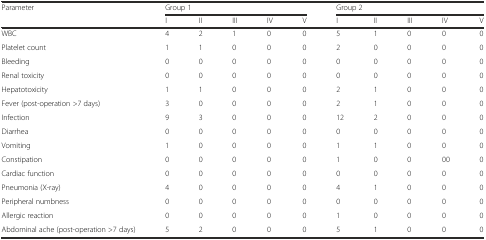
<table><thead><tr><td rowspan="2"><b>Parameter</b></td><td colspan="5"><b>Group 1</b></td><td colspan="5"><b>Group 2</b></td></tr><tr><td><b>I</b></td><td><b>II</b></td><td><b>III</b></td><td><b>IV</b></td><td><b>V</b></td><td><b>I</b></td><td><b>II</b></td><td><b>III</b></td><td><b>IV</b></td><td><b>V</b></td></tr></thead><tbody><tr><td>WBC</td><td>4</td><td>2</td><td>1</td><td>0</td><td>0</td><td>5</td><td>1</td><td>0</td><td>0</td><td>0</td></tr><tr><td>Platelet count</td><td>1</td><td>1</td><td>0</td><td>0</td><td>0</td><td>2</td><td>0</td><td>0</td><td>0</td><td>0</td></tr><tr><td>Bleeding</td><td>0</td><td>0</td><td>0</td><td>0</td><td>0</td><td>0</td><td>0</td><td>0</td><td>0</td><td>0</td></tr><tr><td>Renal toxicity</td><td>0</td><td>0</td><td>0</td><td>0</td><td>0</td><td>0</td><td>0</td><td>0</td><td>0</td><td>0</td></tr><tr><td>Hepatotoxicity</td><td>1</td><td>1</td><td>0</td><td>0</td><td>0</td><td>2</td><td>1</td><td>0</td><td>0</td><td>0</td></tr><tr><td>Fever (post-operation &gt;7 days)</td><td>3</td><td>0</td><td>0</td><td>0</td><td>0</td><td>2</td><td>1</td><td>0</td><td>0</td><td>0</td></tr><tr><td>Infection</td><td>9</td><td>3</td><td>0</td><td>0</td><td>0</td><td>12</td><td>2</td><td>0</td><td>0</td><td>0</td></tr><tr><td>Diarrhea</td><td>0</td><td>0</td><td>0</td><td>0</td><td>0</td><td>0</td><td>0</td><td>0</td><td>0</td><td>0</td></tr><tr><td>Vomiting</td><td>1</td><td>0</td><td>0</td><td>0</td><td>0</td><td>1</td><td>1</td><td>0</td><td>0</td><td>0</td></tr><tr><td>Constipation</td><td>0</td><td>0</td><td>0</td><td>0</td><td>0</td><td>1</td><td>0</td><td>0</td><td>00</td><td>0</td></tr><tr><td>Cardiac function</td><td>0</td><td>0</td><td>0</td><td>0</td><td>0</td><td>0</td><td>0</td><td>0</td><td>0</td><td>0</td></tr><tr><td>Pneumonia (X-ray)</td><td>4</td><td>0</td><td>0</td><td>0</td><td>0</td><td>4</td><td>1</td><td>0</td><td>0</td><td>0</td></tr><tr><td>Peripheral numbness</td><td>0</td><td>0</td><td>0</td><td>0</td><td>0</td><td>0</td><td>0</td><td>0</td><td>0</td><td>0</td></tr><tr><td>Allergic reaction</td><td>0</td><td>0</td><td>0</td><td>0</td><td>0</td><td>1</td><td>0</td><td>0</td><td>0</td><td>0</td></tr><tr><td>Abdominal ache (post-operation &gt;7 days)</td><td>5</td><td>2</td><td>0</td><td>0</td><td>0</td><td>5</td><td>1</td><td>0</td><td>0</td><td>0</td></tr></tbody></table>